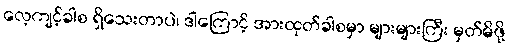
လေ့ကျင့်ခါစ ရှိသေးတာပဲ၊ ဒါကြောင့် အားထုတ်ခါစမှာ များများကြီး မှတ်မိဖို့